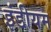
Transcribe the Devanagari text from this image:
इंडीयम